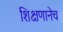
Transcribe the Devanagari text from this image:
शिक्षणानेच